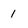
Character: 1